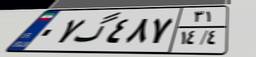
۰۷گ۴۸۷۳۱